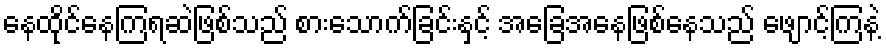
နေထိုင်နေကြရဆဲဖြစ်သည် စားသောက်ခြင်းနှင့် အခြေအနေဖြစ်နေသည် ဖျောင့်ကြနဲ့